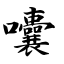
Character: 囔